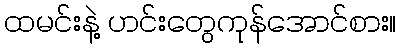
ထမင်းနဲ့ ဟင်းတွေကုန်အောင်စား။